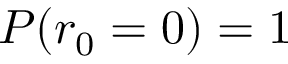
P ( r _ { 0 } = 0 ) = 1